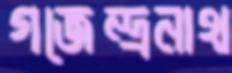
গজেন্দ্রনাথ